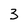
Character: 3